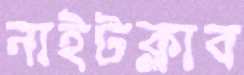
নাইটক্লাব